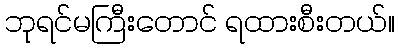
ဘုရင်မကြီးတောင် ရထားစီးတယ်။